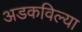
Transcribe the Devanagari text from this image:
अडकविल्या